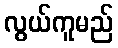
လွယ်ကူမည်